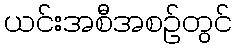
ယင်းအစီအစဉ်တွင်